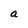
Character: a